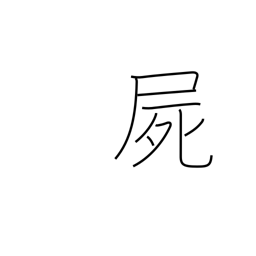
Meaning: corpse